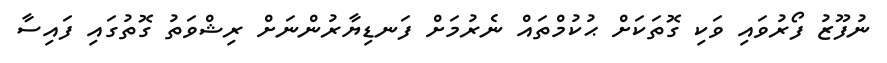
ނުފޫޒު ފޯރުވައި ވަކި ގޮތަކަށް ޙުކުމްތައް ނެރުމަށް ފަނޑިޔާރުންނަށް ރިޝްވަތު ގޮތުގައި ފައިސާ